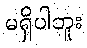
မရှိပါဘူး